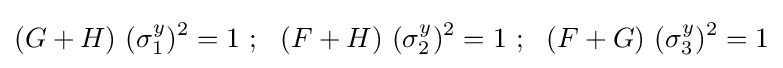
(G+H)~(\sigma _{1}^{y})^{2}=1~;~~(F+H)~(\sigma _{2}^{y})^{2}=1~;~~(F+G)~(\sigma _{3}^{y})^{2}=1